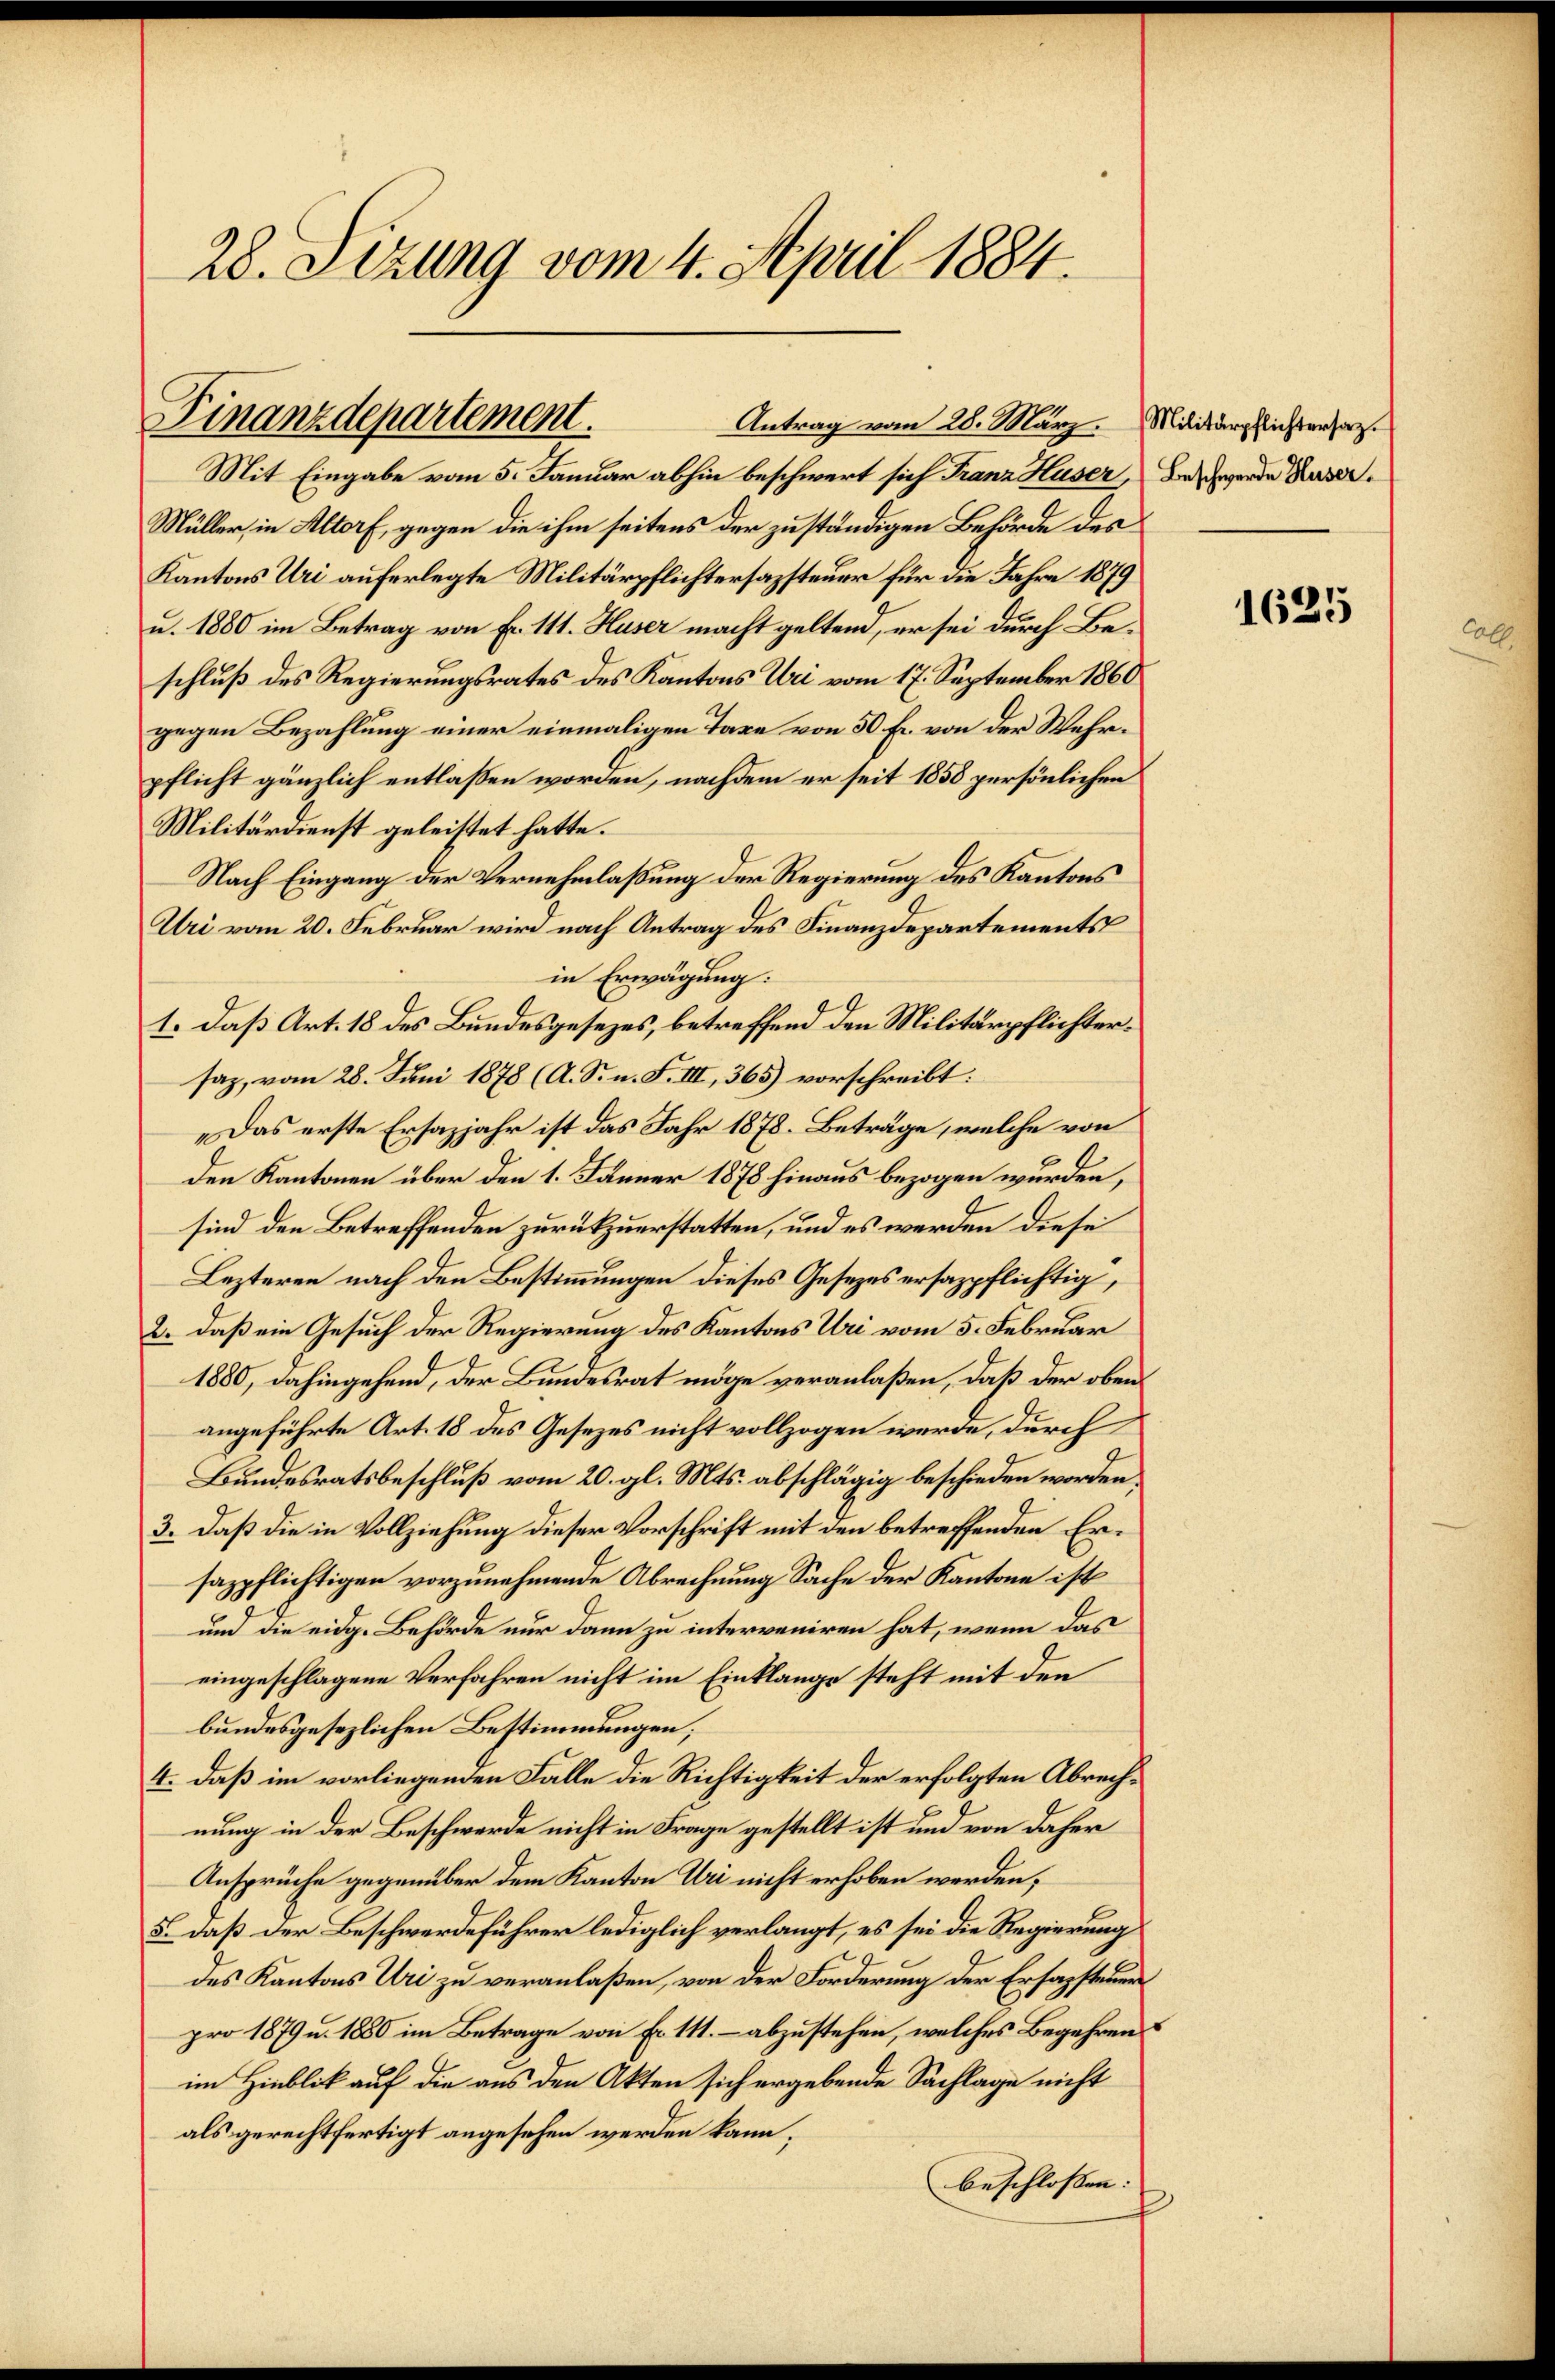
28. Sizung vom 4. April 1884.

Mit Eingabe vom 5. Januar abhin beschwert sich Franz Huser, Beschende Rus¬
Müller, in Altorf, gegen die ihm seitens der zuständigen Behörde des
Kantons Uri auferlegte Militärpflichtersazsteuer für die Jahre 1879
u. 1880 im Betrag von Fr. 111. Huser macht geltend, er sei durch Beschluß des Regierungsrates des Kantons Uri vom 17. September 1860
gegen Bezahlung einer einmaligen Taxe von 50 Fr. von der Wehrpflicht gänzlich entlassen worden, nachdem er seit 1858 persönlichen
Militärdienst geleistet hatte.
Nach Eingang der Vernehmlaßung der Regierung des Kantons
Uri vom 20. Februar wird nach Antrag des Finanzdepartements
in Erwägung.
1. Daß Art. 18 des Bundesgesezes, betreffend den Militärpflichtersaz, vom 28. Juni 1878 (A. S. n. F. III, 365) vorschreibt:
„Das erste Ersazjahr ist das Jahr 1878. Beträge, welche von
den Kantonen über den 1. Jänner 1878 hinaus bezogen wurden,
sind den Betreffenden zurükzuerstatten, und es werden diese
Lezteren nach den Bestimmungen dieses Gesetzes ersazpflichtig,
2. daß ein Gesuch der Regierung des Kantons Uri vom 5. Februar
1880, dahingehend, der Bundesrat möge veranlaßen, daß der obenangeführte Art. 18 des Gesezes nicht vollzogen werde, durch
Bundesratsbeschluß vom 20. gl. Mts. abschlägig beschieden worden,
3. Daß die in Vollziehung dieser Vorschrift mit den betreffenden Ersazpflichtigen vorzunehmende Abrechnung Sache der Kantone ist
und die eidg. Behörde nur dann zu interveniren hat, wenn das
eingeschlagene Verfahren nicht im Einklange steht mit den
bundesgesezlichen Bestimmungen;
4. daß im vorliegenden Fälle die Richtigkeit der erfolgten Abrechnung in der Beschwerde nicht in Frage gestellt ist und von daher
Ansprüche gegenüber dem Kanton Uri nicht erhoben werden;
5. daß der Beschwerdeführer lediglich verlangt, es sei die Regierung
des Kantons Uri zu veranlaßen, von der Forderung der Ersagstener
pro 1879 u. 1880 im Betrage von Fr. 111. – abzustehen, welches Begehren
im Hinblik auf die aus den Akten sich ergebende Sachlage nicht
als gerechtfertigt angesehen werden kann,
beschlossen: |

Finanzdepartement.
Antrag vom 28. März. Militärpflichtersaz.

1625